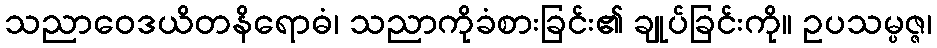
သညာဝေဒယိတနိရောဓံ၊ သညာကိုခံစားခြင်း၏ ချုပ်ခြင်းကို။ ဥပသမ္ပဇ္ဇ၊